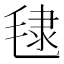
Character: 𪵞